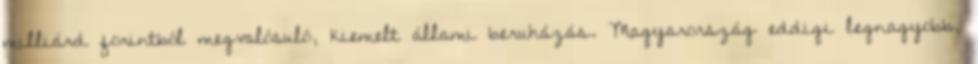
milliárd forintból megvalósuló, kiemelt állami beruházás. Magyarország eddigi legnagyobb,